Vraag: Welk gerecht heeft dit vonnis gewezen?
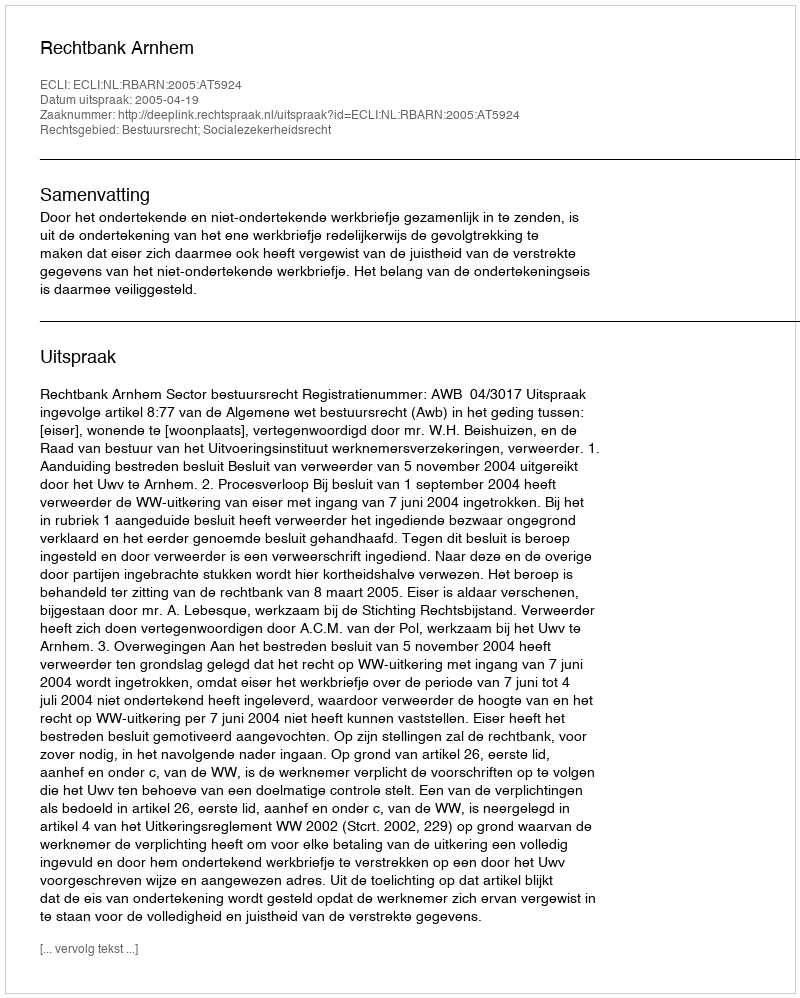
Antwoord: Rechtbank Arnhem